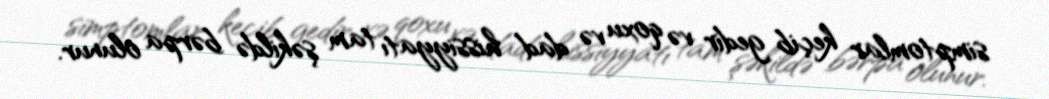
simptomlar keçib gedir və qoxu və dad hissiyyatı tam şəkildə bərpa olunur.